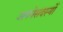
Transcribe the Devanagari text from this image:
अपनेसदस्यों